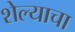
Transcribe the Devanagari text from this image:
शेल्याचा